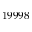
1 9 9 9 8